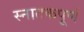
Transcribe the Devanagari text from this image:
स्नातकपूर्ण